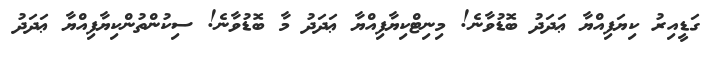
ގަޑީއިރު ކިޔަފިއްޔާ ޢަދަދު ބޮޑުވާނެ! މިނިޓްކިޔާފިއްޔާ ޢަދަދު މާ ބޮޑުވާނެ! ސިކުންތުންކިޔާފިއްޔާ ޢަދަދު